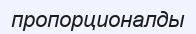
пропорционалды